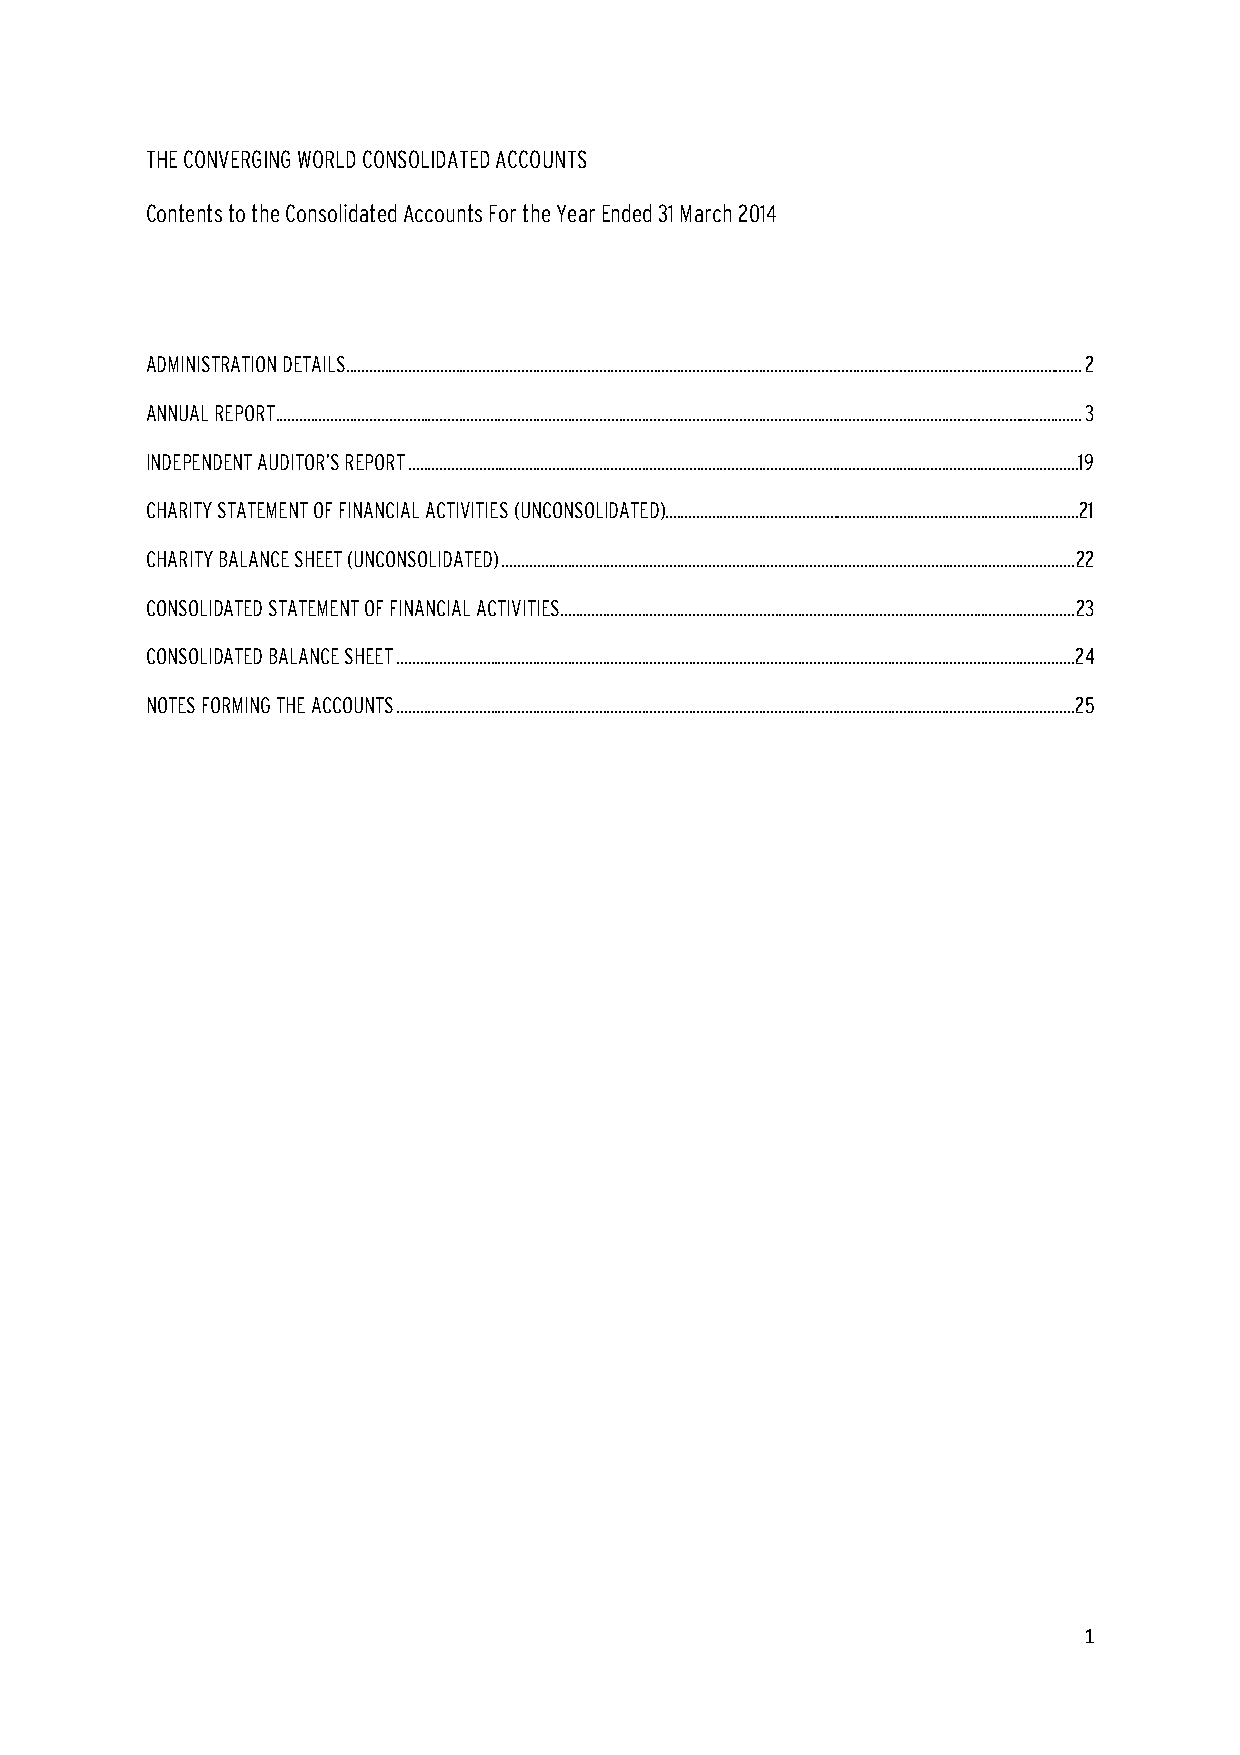
THE CONVERGING WORLD CONSOLIDATED ACCOUNTS
 Contents to the Consolidated Accounts For the Year Ended 31 March 2014
 ADMINISTRATION DETAILS ............................................................................................................................................................................................. 2
 ANNUAL REPORT ............................................................................................................................................................................................................... 3
 INDEPENDENT AUDITOR’S REPORT ............................................................................................................................................................................ 19
 CHARITY STATEMENT OF FINANCIAL ACTIVITIES (UNCONSOLIDATED) .......................................................................................................... 21
 CHARITY BALANCE SHEET (UNCONSOLIDATED) ................................................................................................................................................... 22
 CONSOLIDATED STATEMENT OF FINANCIAL ACTIVITIES .................................................................................................................................... 23
 CONSOLIDATED BALANCE SHEET .............................................................................................................................................................................. 24
 NOTES FORMING THE ACCOUNTS .............................................................................................................................................................................. 25
 1